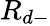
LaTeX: R_{d-}